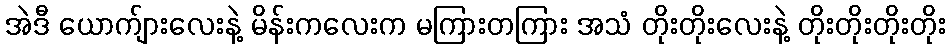
အဲဒီ ယောက်ျားလေးနဲ့ မိန်းကလေးက မကြားတကြား အသံ တိုးတိုးလေးနဲ့ တိုးတိုးတိုးတိုး